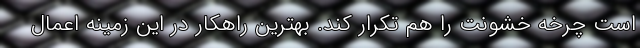
است چرخه خشونت را هم تکرار کند. بهترین راهکار در این زمینه اعمال